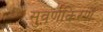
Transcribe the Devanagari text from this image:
सुवर्णकिरणे